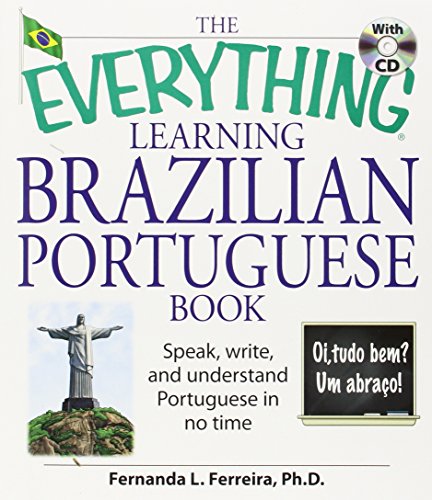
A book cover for The Everything Learning Brazilian Portuguese Book: Speak, Write, and Understand Basic Portuguese in No Time; Fernanda Ferreira; Computers & Technology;